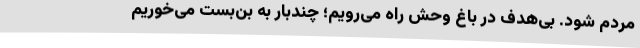
مردم شود. بی‌هدف در باغ وحش راه می‌رویم؛ چندبار به بن‌بست می‌خوریم